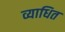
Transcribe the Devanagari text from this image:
व्याधित